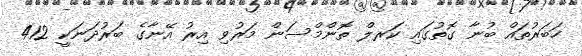
ހަބަރުތައް ބުނާ ގޮތުގައި ކަރލް ތޮންމްސަން މަރުވި އިރު އޭނާގެ ބަރުދަނަކީ 412